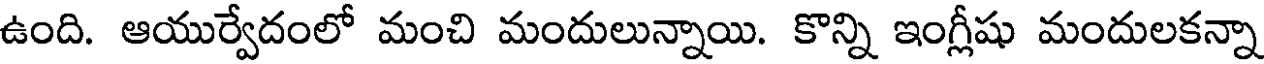
ఉంది. ఆయుర్వేదంలో మంచి మందులున్నాయి. కొన్ని ఇంగ్లీషు మందులకన్నా